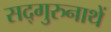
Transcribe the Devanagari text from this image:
सद्गुरुनाथें